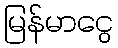
မြန်မာငွေ